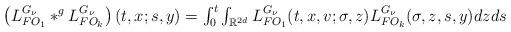
LaTeX: \begin{align*}\begin{array}{ll}\left( L^{G_{\nu}}_{FO_1}\ast^g L^{G_{\nu}}_{FO_k}\right) (t,x;s,y)=\int_0^t\int_{{\mathbb R}^{2d}}L^{G_{\nu}}_{FO_1}(t,x,v;\sigma,z)L^{G_{\nu}}_{FO_k}(\sigma,z,s,y)dzds\end{array}\end{align*}